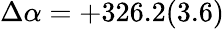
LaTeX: \Delta\alpha=+326.2(3.6)